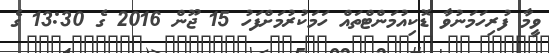
ވީމާ ފުރިހަމަނުވާ ޑޮކިއުމަންޓްތައް ހަމަކުރުމަށްފަހު 15 ޖޫން 2016 ގެ 13:30 ގެ